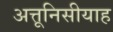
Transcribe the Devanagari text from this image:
अत्तूनिसीयाह